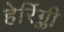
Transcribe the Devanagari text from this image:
हेरिंग्ली